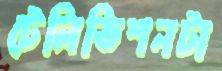
টেলিভিশনটা